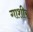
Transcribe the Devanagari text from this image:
गाशीर